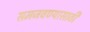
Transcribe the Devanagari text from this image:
समजवण्यासाठी